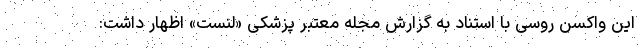
این واکسن روسی با استناد به گزارش مجله معتبر پزشکی «لنست» اظهار داشت: